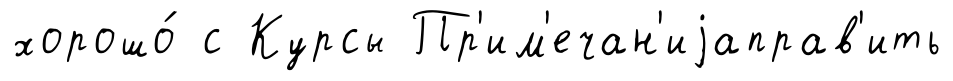
хорошо́ с Курсы Пр'им'ечан'иjаправ'ить